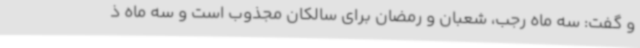
و گفت: سه ماه رجب، شعبان و رمضان برای سالکان مجذوب است و سه ماه ذ